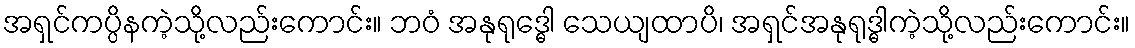
အရှင်ကပ္ပိနကဲ့သို့လည်းကောင်း။ ဘဝံ အနုရုဒ္ဓေါ သေယျထာပိ၊ အရှင်အနုရုဒ္ဓါကဲ့သို့လည်းကောင်း။